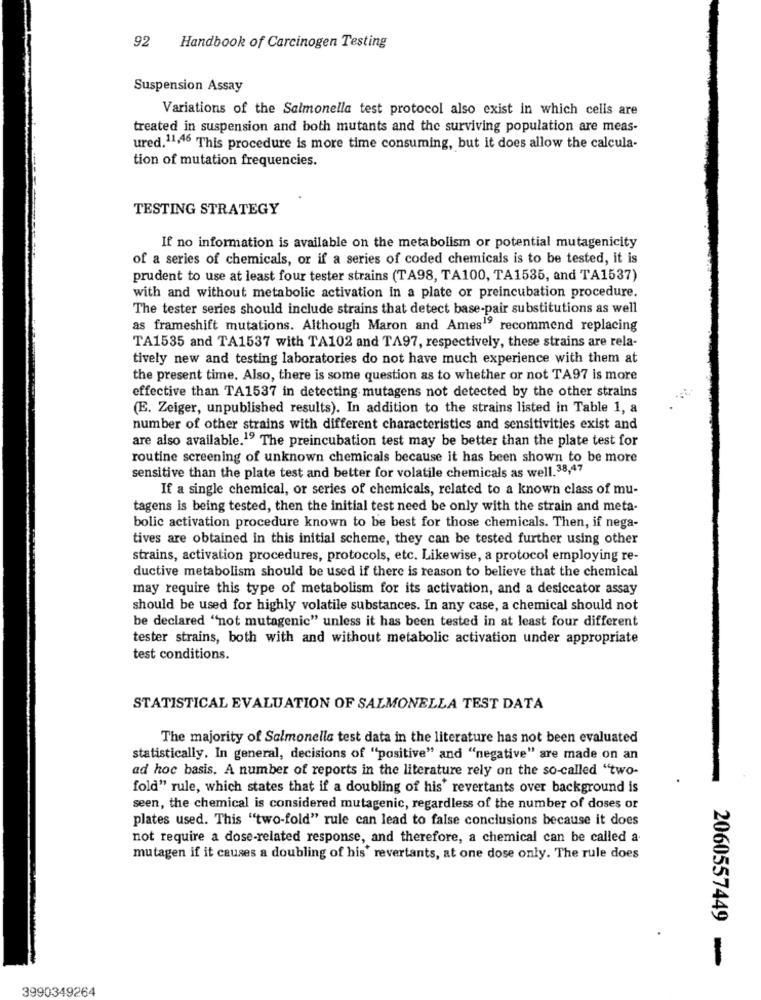
92
Handbook of Carcinogen Testing
Suspension Assay
Variations of the Salmonella test protocol also exist in which cells are
treated in suspension and both mutants and the surviving population are meas-
ured. 11,46 This procedure is more time consuming, but it does allow the calcula-
tion of mutation frequencies.
TESTING STRATEGY
If no information is available on the metabolism or potential mutagenicity
of a series of chemicals, or if a series of coded chemicals is to be tested, it is
prudent to use at least four tester strains (TA98, TA100, TA1535, and TA1537)
with and without metabolic activation in a plate or preincubation procedure.
The tester series should include strains that detect base-pair substitutions as well
as frameshift mutations. Although Maron and Ames19 recommend replacing
TA1535 and TA1537 with TA102 and TA97, respectively, these strains are rela-
tively new and testing laboratories do not have much experience with them at
the present time. Also, there is some question as to whether or not TA97 is more
effective than TA1537 in detecting mutagens not detected by the other strains
(E. Zeiger, unpublished results). In addition to the strains listed in Table 1, a
number of other strains with different characteristics and sensitivities exist and
are also available.19 The preincubation test may be better than the plate test for
routine screening of unknown chemicals because it has been shown to be more
sensitive than the plate test and better for volatile chemicals as well. 38,47
If a single chemical, or series of chemicals, related to a known class of mu-
tagens is being tested, then the initial test need be only with the strain and meta-
bolic activation procedure known to be best for those chemicals. Then, if nega-
tives are obtained in this initial scheme, they can be tested further using other
strains, activation procedures, protocols, etc. Likewise, a protocol employing re-
ductive metabolism should be used if there is reason to believe that the chemical
may require this type of metabolism for its activation, and a desiccator assay
should be used for highly volatile substances. In any case, a chemical should not
be declared "not mutagenic" unless it has been tested in at least four different
tester strains, both with and without metabolic activation under appropriate
test conditions.
STATISTICAL EVALUATION OF SALMONELLA TEST DATA
The majority of Salmonella test data in the literature has not been evaluated
statistically. In general, decisions of "positive" and "negative" are made on an
ad hoc basis. A number of reports in the literature rely on the so-called "two-
fold" rule, which states that if a doubling of his' revertants over background is
seen, the chemical is considered mutagenic, regardless of the number of doses or
plates used. This "two-fold" rule can lead to false conclusions because it does
not require a dose-related response, and therefore, a chemical can be called a
mutagen if it causes a doubling of his' revertants, at one dose only. The rule does
2060557449 -
3990349264